Leaving Certificate Examination, 1914
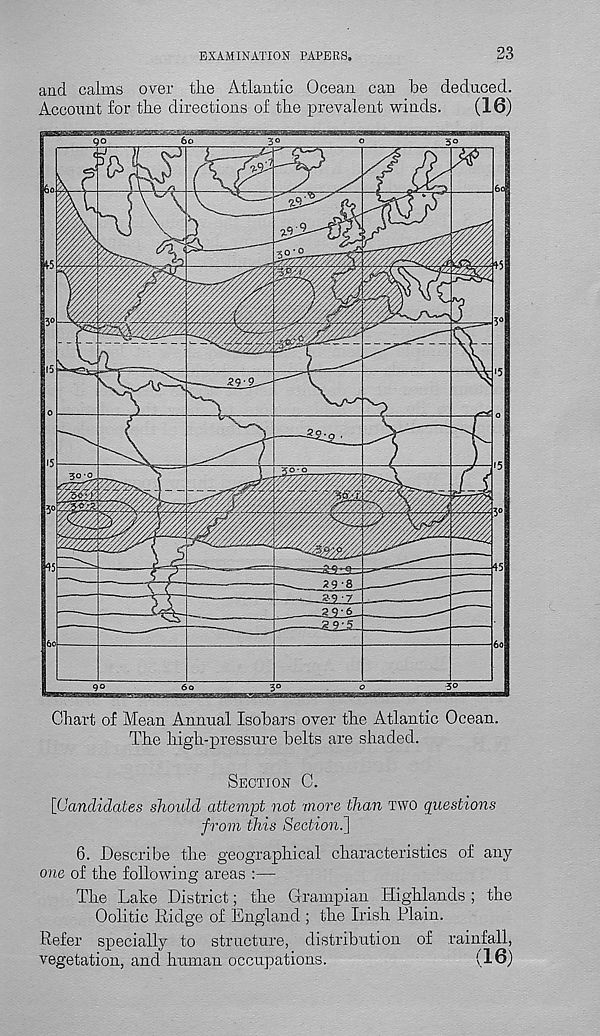
EXAMINATION PAPERS.
23
and calms over the Atlantic Ocean can be deduced.
Account for the directions of the prevalent winds.
(16)
Chart of Mean Annual Isobars over the Atlantic Ocean.
The high-pressure belts are shaded.
SECTION C.
[Candidates should attempt not more than TWO questions
from this Section.]
6. Describe the geographical characteristics of any
one of the following areas :—
The Lake District; the Grampian Highlands ; the
Oolitic Ridge of England ; the Irish Plain.
Refer specially to structure, distribution of rainfall,
vegetation, and human occupations.
(16)